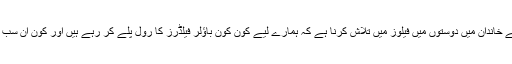
اب ہم نے اپنے خاندان میں دوستوں میں فیلوز میں تلاش کرنا ہے کہ ہمارے لیے کون کون باؤلر فیلڈرز کا رول پلے کر رہے ہیں اور کون ان سب کا کپتان ہے؟